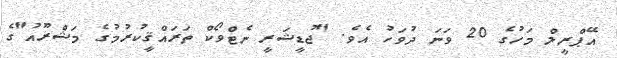
އޭޕްރީލް މަހުގެ 20 ވަނަ ދުވަހު އެވެ. "ޖުޑީޝަރީ ނެޓްވޯކް ތަރައްޤީކުރުމުގެ މަޝްރޫއު"ގެ